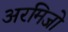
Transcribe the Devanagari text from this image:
अरमिजो